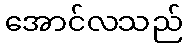
အောင်လသည်